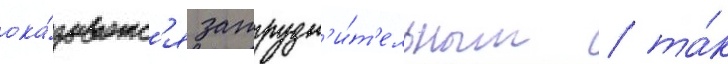
ока́зываетс'я затрудн'и́т'ельным / та́к